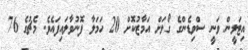
އިޓަލީން ވަނީ ސްވިޑެންގެ ގޯލަށް އަމާޒުކޮށް 20 ހަމަލާ ފޮނުވާލައިފައެވެ. މެޗުގެ 76